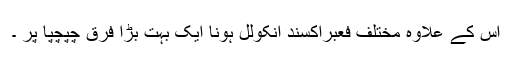
اس کے علاوہ مختلف فعبراکسند انکولل ہونا ایک بہت بڑا فرق چپچپا پر ۔